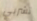
تشربي